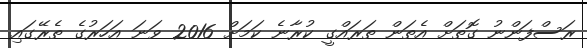
ރަސްފަންނު ގޮތަށް އެތަން ތަރައްގީ ކުރާނެ ކަމަށް 2016 ވަނަ އަހަރުގެ ތެރޭގައި